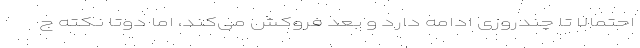
احتمالا تا چندروزی ادامه دارد و بعد فروکش می‌کند، اما دوتا نکته ج